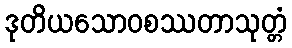
ဒုတိယသောဝစဿတာသုတ္တံ